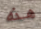
هذه